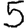
Digit: 5